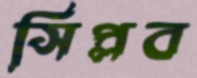
সিপ্লব